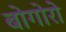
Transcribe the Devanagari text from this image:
बोगोरो